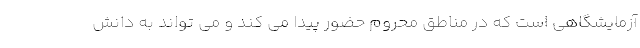
آزمایشگاهی است که در مناطق محروم حضور پیدا می کند و می تواند به دانش